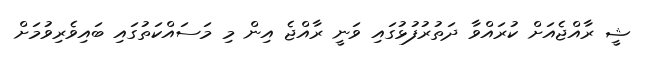
ޝީ ރާއްޖެއަށް ކުރައްވާ ދަތުރުފުޅުގައި ވަނީ ރާއްޖެ އިން މި މަސައްކަތުގައި ބައިވެރިވުމަށް